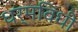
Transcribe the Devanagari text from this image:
धर्मविधी